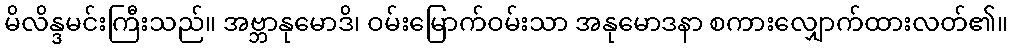
မိလိန္ဒမင်းကြီးသည်။ အဗ္ဘာနုမောဒိ၊ ဝမ်းမြောက်ဝမ်းသာ အနုမောဒနာ စကားလျှောက်ထားလတ်၏။